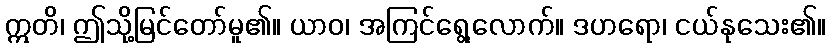
ဣတိ၊ ဤသို့မြင်တော်မူ၏။ ယာဝ၊ အကြင်ရွေ့လောက်။ ဒဟရော၊ ငယ်နုသေး၏။